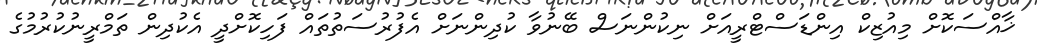
ޚާއްސަކޮށް މިއުޒިކް އިންޑަސްޓްރީއަށް ނިކުންނަސް ބޭނުވާ ކުދިންނަށް އެފުރުސަތުތައް ފަހިކޮށްދީ އެކުދިން ތަމްރީނުކުރުމުގެ